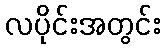
လပိုင်းအတွင်း